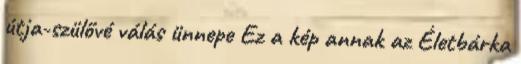
útja-szülővé válás ünnepe Ez a kép annak az Életbárka